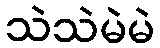
သဲသဲမဲမဲ